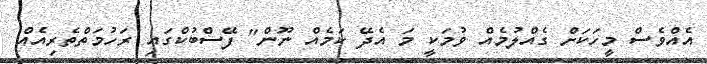
އެއްވެސް މީހަކަށް ގެއްލުމެއް ވުމަކީ މަ އެދޭ ކަމެއް ނޫން" ފޭސްބުކްގައި ރަހުމަތްތެރިއެއް